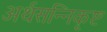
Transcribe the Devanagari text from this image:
अर्थसन्निकृष्ट